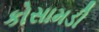
કોસામડી